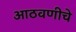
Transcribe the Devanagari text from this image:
आठवणीचे